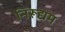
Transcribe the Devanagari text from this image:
निरूद्यम